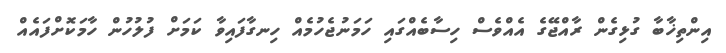
އިންތިޚާބާ ގުޅިގެން ރާއްޖޭގެ އެއްވެސް ހިސާބެއްގައި ހަމަނުޖެހުމެއް ހިނގާފައިވާ ކަމަށް ފުލުހުން ހާމަކޮށްފައެއް